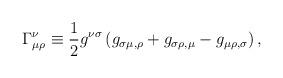
LaTeX: \begin{align*}\Gamma_{\mu\rho}^\nu \equiv {1\over 2}g^{\nu\sigma}\left( g_{\sigma\mu ,\rho} + g_{\sigma\rho ,\mu} - g_{\mu\rho,\sigma}\right),\end{align*}